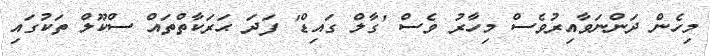
މިހެން ދަންނަވާއިރުވެސް މިހާރު ވެސް 'ގާލް ގައިޑް' ފަދަ ޙަރަކާތްތައް ސްކޫލް ތަކުގައި